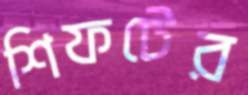
শিফটের